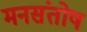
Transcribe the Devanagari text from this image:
मनसंतोष